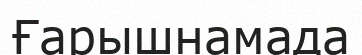
Ғарышнамада